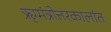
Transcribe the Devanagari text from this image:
ॠग्मंत्रोत्तरकालांत